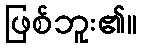
ဖြစ်ဘူး၏။